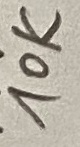
Text: 10K